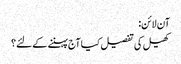
آن لائن:
کھیل کی تفصیل کیا آج پہننے کے لئے؟